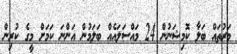
މަރުތައް ބަލާ ކޮމިޝަނުން 24 މައްސަލައެއް ބަލަމުން އަންނަ ކަމަށް މީގެ ކުރިން